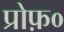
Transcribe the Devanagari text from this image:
प्रोफ़०